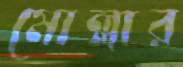
মোল্লার